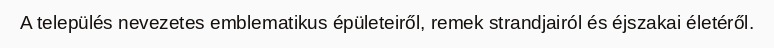
A település nevezetes emblematikus épületeiről, remek strandjairól és éjszakai életéről.